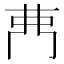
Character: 𮎳